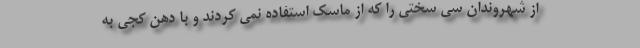
از شهروندان سی سختی را که از ماسک استفاده نمی کردند و با دهن کجی به